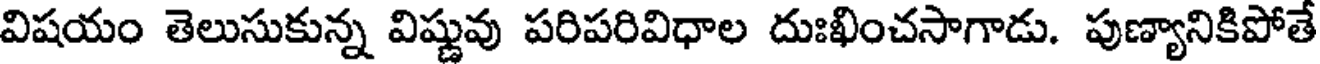
విషయం తెలుసుకున్న విష్ణువు పరిపరివిధాల దుఃఖించసాగాడు. పుణ్యానికిపోతే